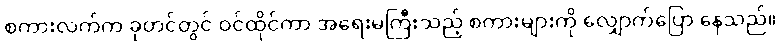
စကားလက်က ခုတင်တွင် ဝင်ထိုင်ကာ အရေးမကြီးသည့် စကားများကို လျှောက်ပြော နေသည်။